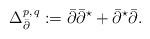
LaTeX: \begin{align*}\Delta^{p, \, q}_{\bar\partial}:= \bar\partial\bar{\partial}^{\star}+\bar{\partial}^{\star}\bar\partial.\end{align*}